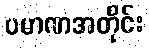
ပမာဏအတိုင်း